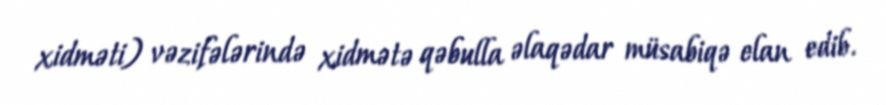
xidməti) vəzifələrində xidmətə qəbulla əlaqədar müsabiqə elan edib.